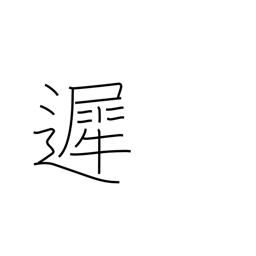
Meaning: tardy